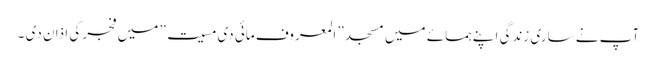
آپ نے ساری زندگی اپنے ہمسائے میں مسجد ” المعروف مائی دی مسیت” میں فجر کی اذان دی ۔